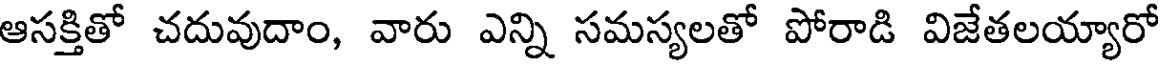
ఆసక్తితో చదువుదాం, వారు ఎన్ని సమస్యలతో పోరాడి విజేతలయ్యారో